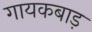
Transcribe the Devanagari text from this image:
गायकबाड़